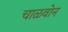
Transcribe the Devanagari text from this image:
चाळवोन